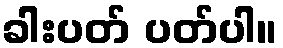
ခါးပတ် ပတ်ပါ။